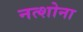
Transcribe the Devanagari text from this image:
नत्शोना